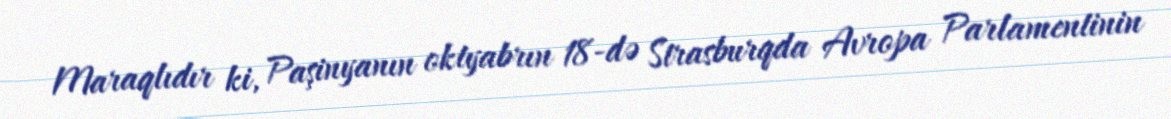
Maraqlıdır ki, Paşinyanın oktyabrın 18-də Strasburqda Avropa Parlamentinin